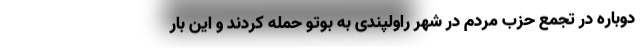
دوباره در تجمع حزب مردم در شهر راولپندی به بوتو حمله کردند و این بار